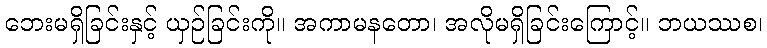
ဘေးမရှိခြင်းနှင့် ယှဉ်ခြင်းကို။ အကာမနတော၊ အလိုမရှိခြင်းကြောင့်။ ဘယဿစ၊